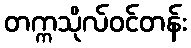
တက္ကသိုလ်ဝင်တန်း